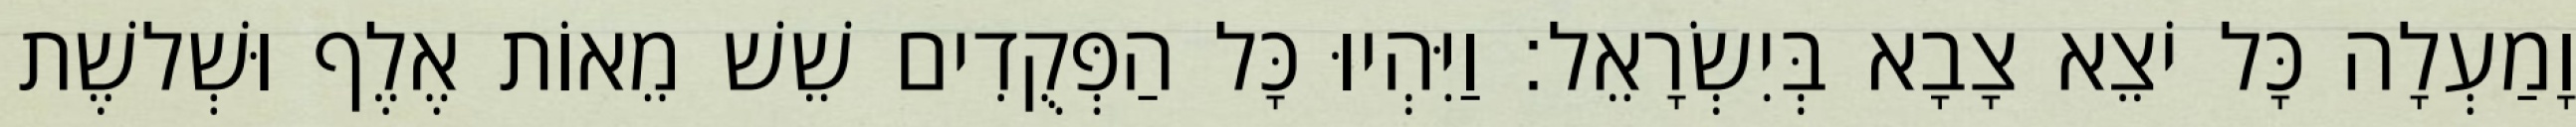
וָמַעְלָה כָּל יֹצֵא צָבָא בְּיִשְׂרָאֵל׃ וַיִּהְיוּ כָּל הַפְּקֻדִים שֵׁשׁ מֵאוֹת אֶלֶף וּשְׁלשֶׁת